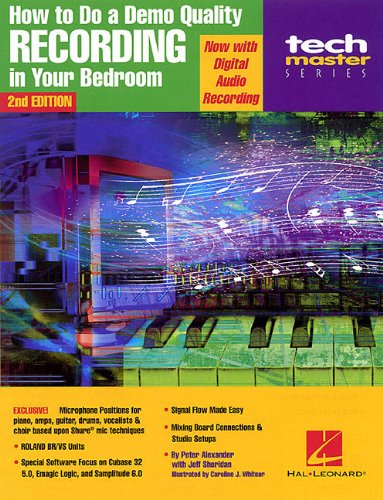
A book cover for How to Do a Demo-Quality Recording in Your Bedroom (Teach Master); Peter Lawrence Alexander; Crafts, Hobbies & Home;